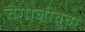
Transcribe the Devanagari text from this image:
चेंगाजीबुवा